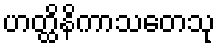
ဟတ္ထိနိကာသတေသု